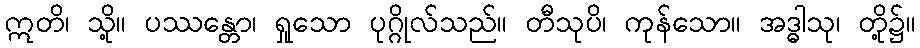
ဣတိ၊ သို့။ ပဿန္တော၊ ရှုသော ပုဂ္ဂိုလ်သည်။ တီသုပိ၊ ကုန်သော။ အဒ္ဓါသု၊ တို့၌။